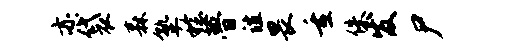
亦袋森塾稔瞢谊畏重侏发尸